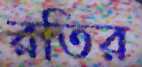
রতির